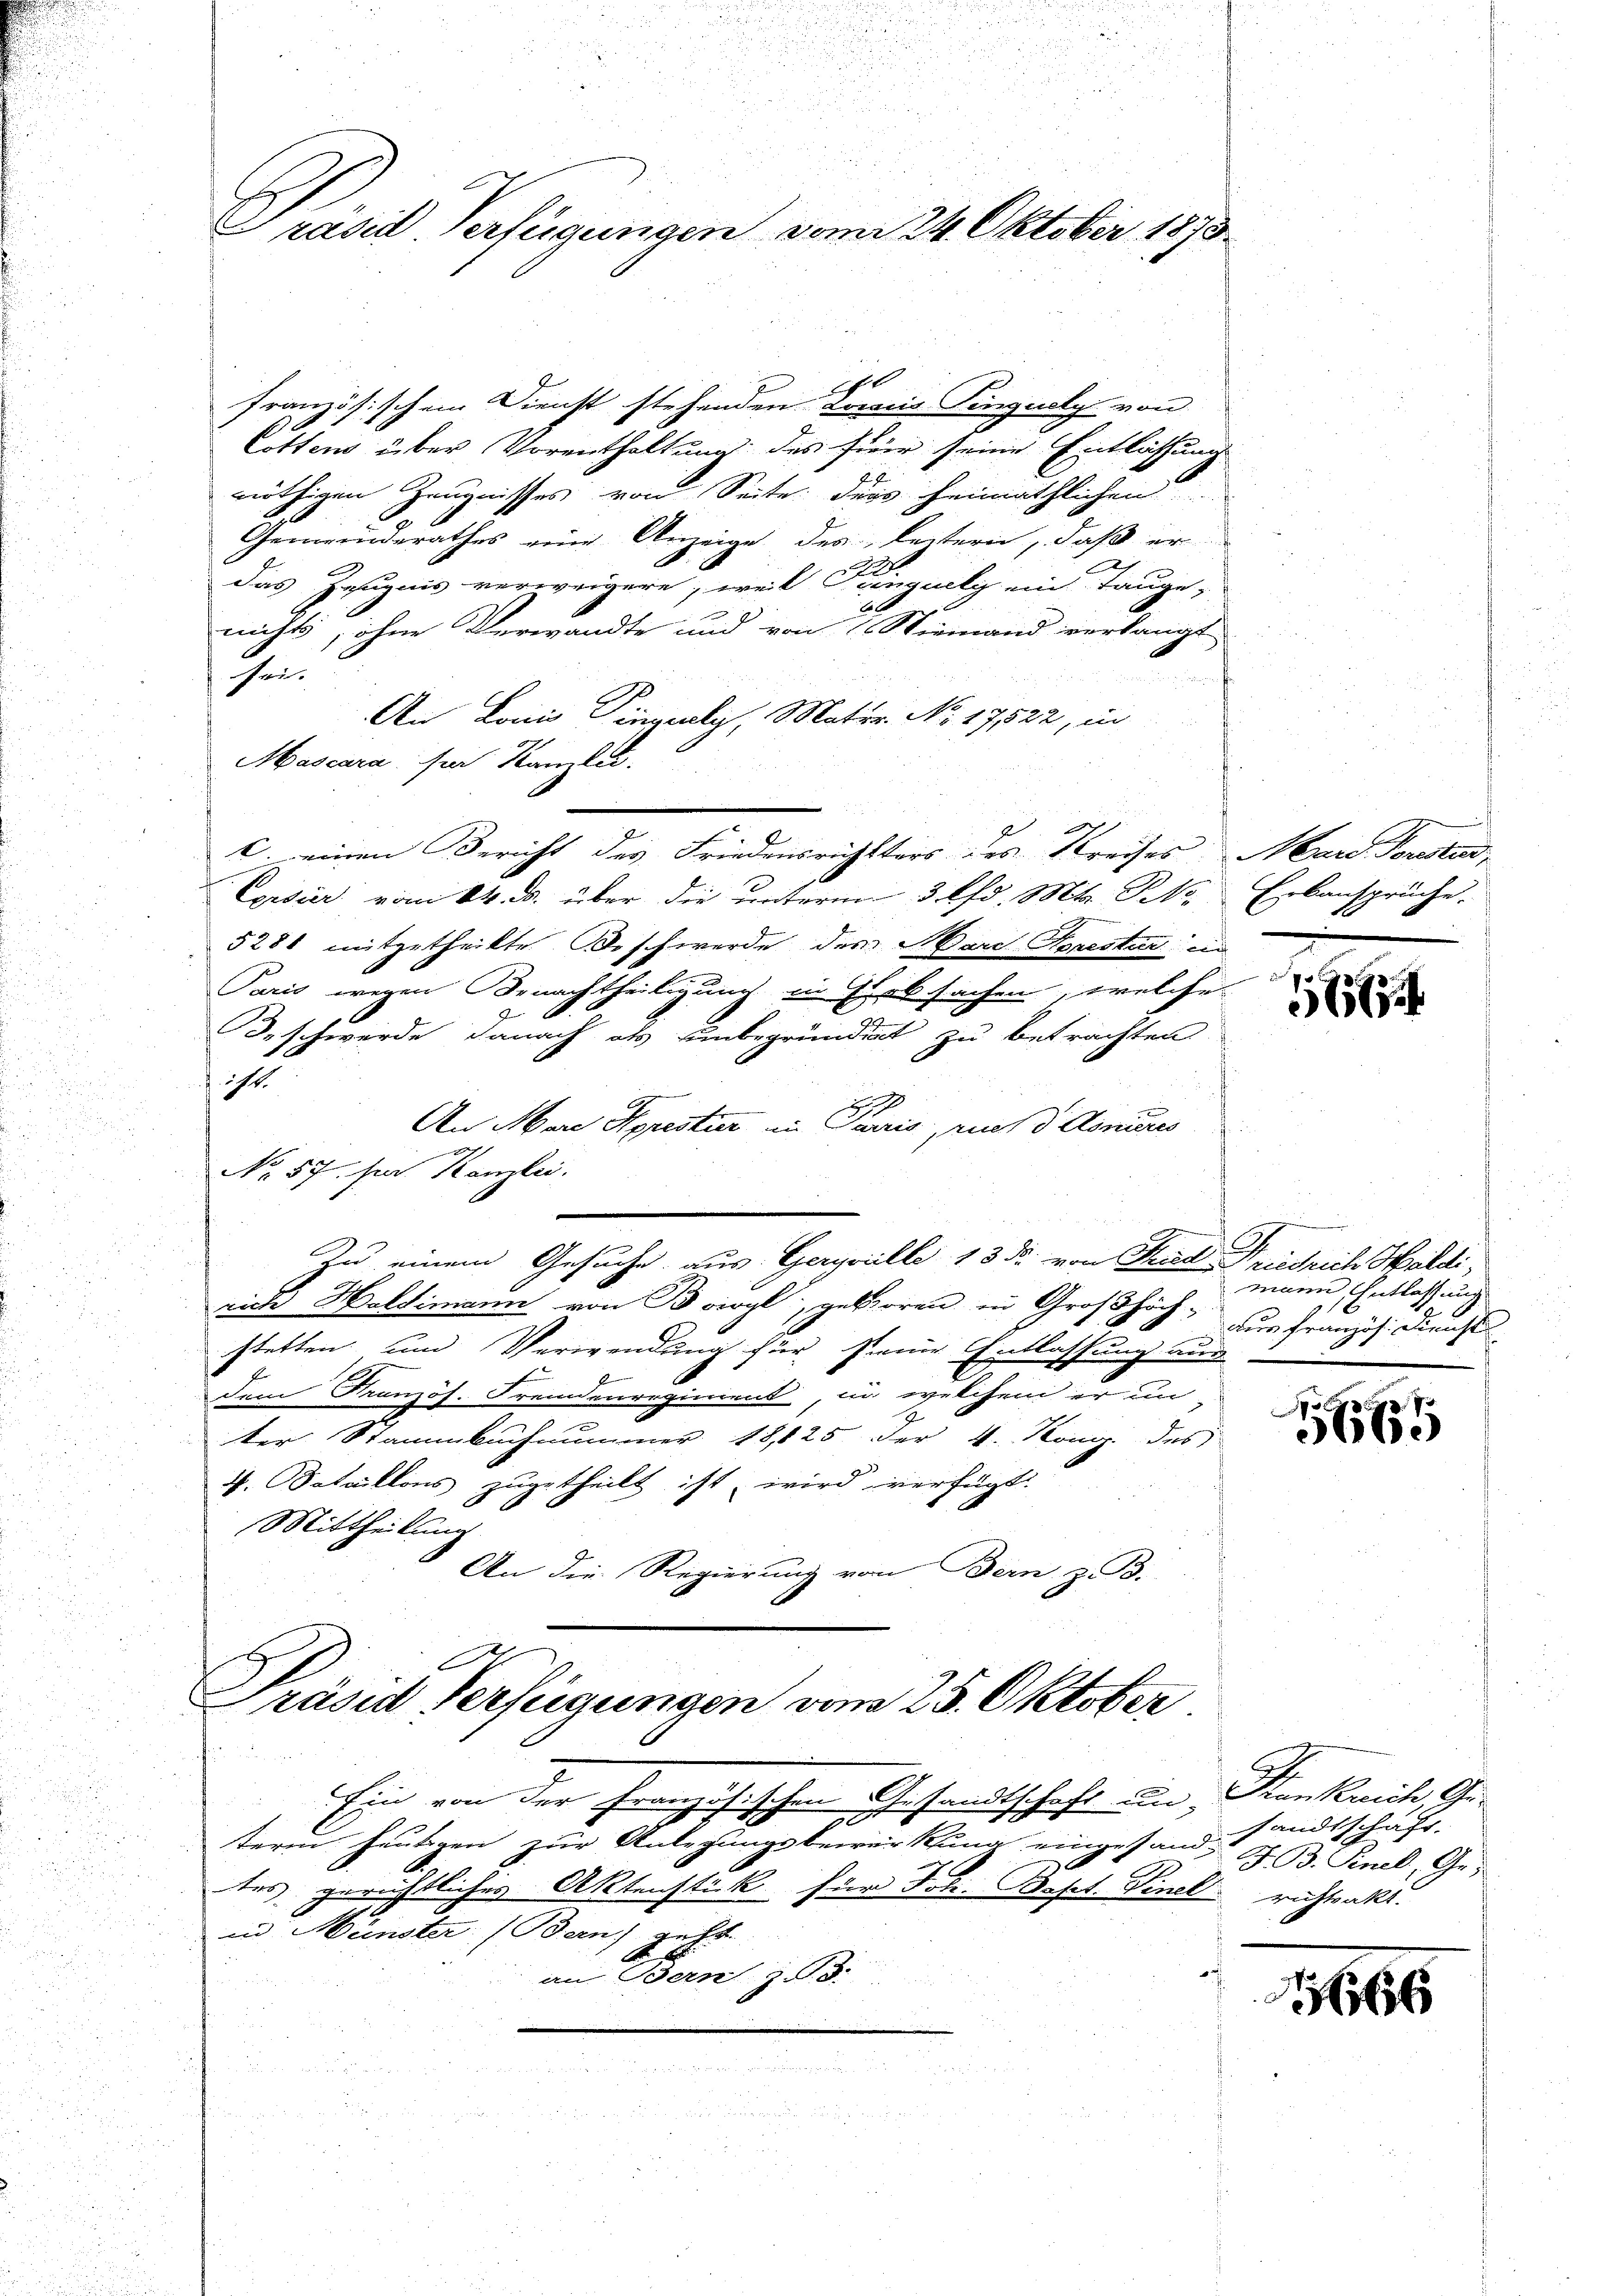
Präsid Verfügungen vom 24. Oktober 1873.

französischem Dienst stehenden Loris Pinguely von
Cottens über Vorenthaltung des hier seine Entlassung
nöthigen Zeugnisses von Seite ders heimathlichen
Gemeinderathes eine Anzeige des leitern, daß er
das Zeugnis verweigere, weil Feingelly ein Tauge-
6
nichts, ohne Verwandte und von Niemand verlangt
fen.
An Lain Dingely, Mater. No. 17522, in
Mascara, sia Hamler.
C. einen Bericht des Friedensrichtsers des Kreises Mare Sorestand,
Eisier vom 14. ds. über die unterm 3. lfd. Mts. B. Erbansprüche.
5281 mitgetheilte Beschwerde des Mare Sorester in
Paris wegen Benachtheiligung in Erbsachen, welche
Beschwerde danach als unbegründigt zu betrachten
 ihr
An Mar Sprestier in Paris, auch d Aonires
.
No. 57. Den Kanzlei.
.
Zu einem Gesuche aus Geryarille 13 der von Kadriedrich Haldi
rich Haldimann von Borgl, geboren in Großhöch- zur Französ. Dienst
stetten und Verwendung für seiner Entlassung aus
dem Französ. Fremdenregiment in welchem er un
der Stammbuchnummer 1825 der 4. Kong. des
4. Bataillons zugetheilt ist wird verfügt
Mittheilung
An die Regierung von Bern, z. B.

6

i
Ein von der Französischen Gesandtschaft an, Frankreich Ge-
.
u
term heutigen zur Anlegungsbewerkung eingesandt J. B. Snel, Ge-
tes gerichtliches Aktenstück für Joh. Bapt. Finel richtenkt.
u
in Münster (Bern) geht.
i
an Bern 153.

Präsid Verfügungen vom 25. Oktober

f

15

mann Entlassung

7
1656

.
sandtschaft.